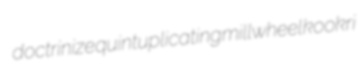
doctrinize quintuplicating millwheel kookri